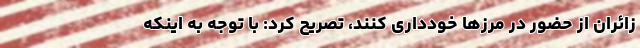
زائران از حضور در مرزها خودداری کنند، تصریح کرد: با توجه به اینکه